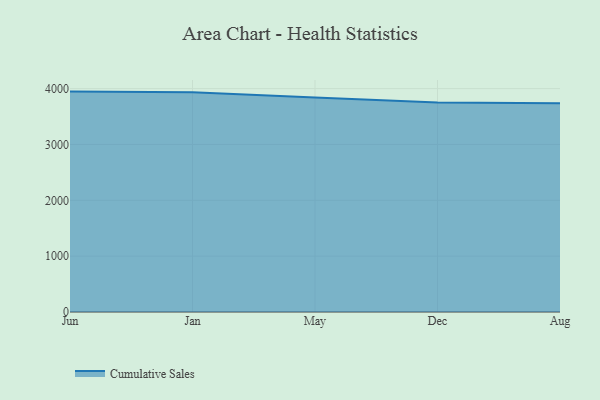
{"axis": {"x": "Month", "y": "Bounce Rate (%)"}, "legend": ["Cumulative Sales"], "data": [{"x": "Jun", "y": 3946.2, "type": "Cumulative Sales"}, {"x": "Jan", "y": 3936.2, "type": "Cumulative Sales"}, {"x": "May", "y": 3841.7, "type": "Cumulative Sales"}, {"x": "Dec", "y": 3750.0, "type": "Cumulative Sales"}, {"x": "Aug", "y": 3736.0, "type": "Cumulative Sales"}]}